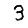
Digit: 3